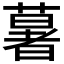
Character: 𦾧